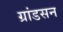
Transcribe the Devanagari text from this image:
ग्रांडसन